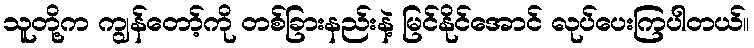
သူတို့က ကျွန်တော့်ကို တစ်ခြားနည်းနဲ့ မြင်နိုင်အောင် လုပ်ပေးကြပါတယ်။